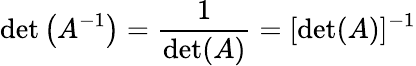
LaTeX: \operatorname*{det}\left(A^{-1}\right)={\frac{1}{\operatorname*{det}(A)}}=[\operatorname*{det}(A)]^{-1}